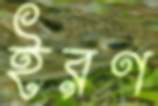
ইরণ